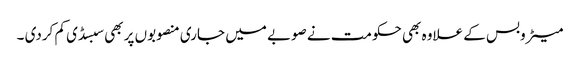
میٹروبس کے علاوہ بھی حکومت نے صوبے میں جاری منصوبوں پر بھی سبسڈی کم کردی ۔